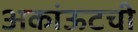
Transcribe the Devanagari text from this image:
अकांऊटची